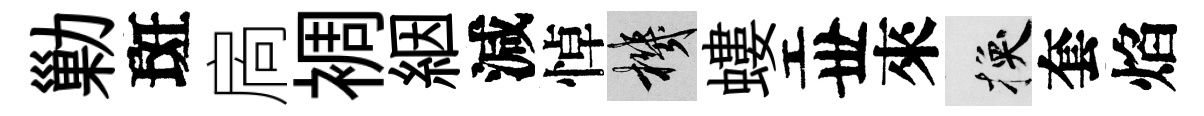
勦斑扄裯絪減悼機螻丗來换套焰